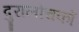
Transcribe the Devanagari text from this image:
दुरालोचकों